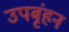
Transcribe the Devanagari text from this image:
उपबृंहन